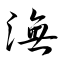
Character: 潕